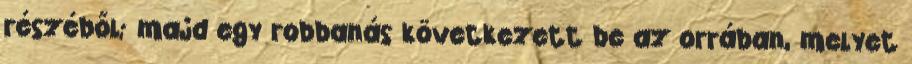
részéből; majd egy robbanás következett be az orrában, melyet